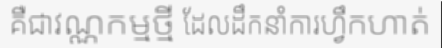
គឺជាវណ្ណកម្មថ្មី ដែលដឹកនាំការហ្វឹកហាត់